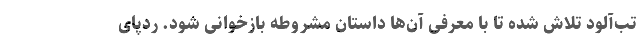
تب‌آلود تلاش شده تا با معرفی آ‌ن‌ها داستان مشروطه بازخوانی شود. ردپای